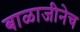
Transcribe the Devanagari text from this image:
बाळाजीनेच